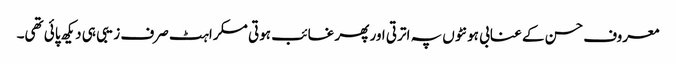
معروف حسن کے عنابی ہونٹوں پہ اترتی اور پھر غائب ہوتی مسکراہٹ صرف زیبی ہی دیکھ پائی تھی۔